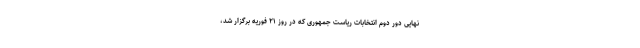
نهایی دور دوم انتخابات ریاست جمهوری که در روز ۲۱ فوریه برگزار شد،